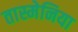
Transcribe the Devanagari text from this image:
तास्मेनिया